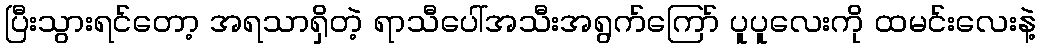
ပြီးသွားရင်တော့ အရသာရှိတဲ့ ရာသီပေါ်အသီးအရွက်ကြော် ပူပူလေးကို ထမင်းလေးနဲ့